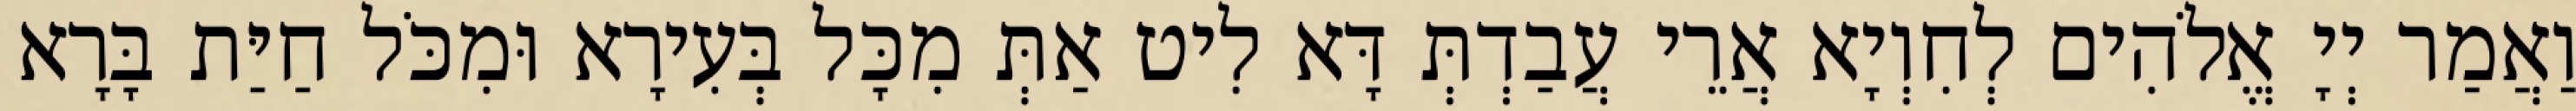
וַאֲמַר יְיָ אֱלֹהִים לְחִוְיָא אֲרֵי עֲבַדְתְּ דָּא לִיט אַתְּ מִכָּל בְּעִירָא וּמִכֹּל חַיַּת בָּרָא